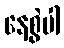
နေ့စွဲပါ